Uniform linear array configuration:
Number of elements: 64
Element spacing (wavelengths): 0.5
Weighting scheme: binomial
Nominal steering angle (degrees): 30
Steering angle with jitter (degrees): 31.273
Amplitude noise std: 0.05
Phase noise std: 0.05

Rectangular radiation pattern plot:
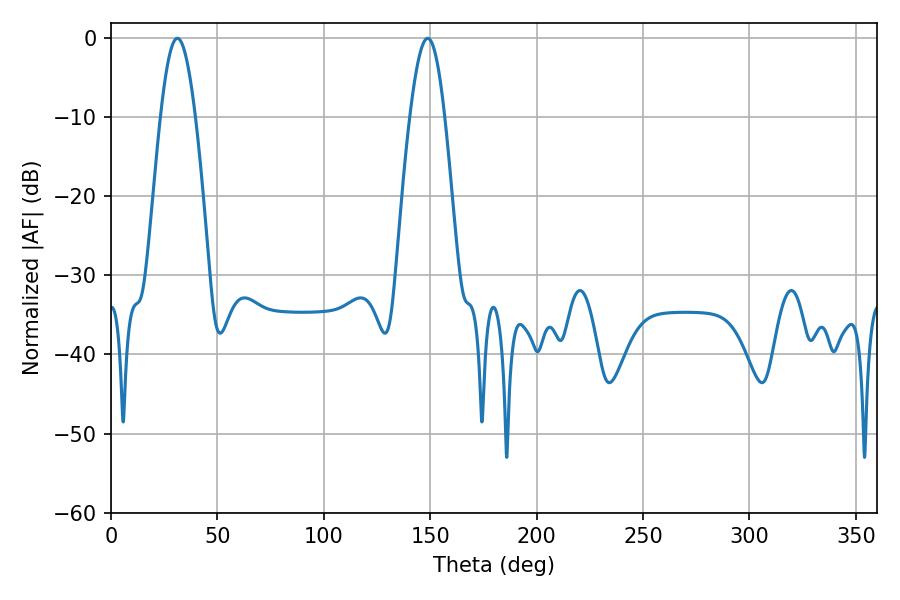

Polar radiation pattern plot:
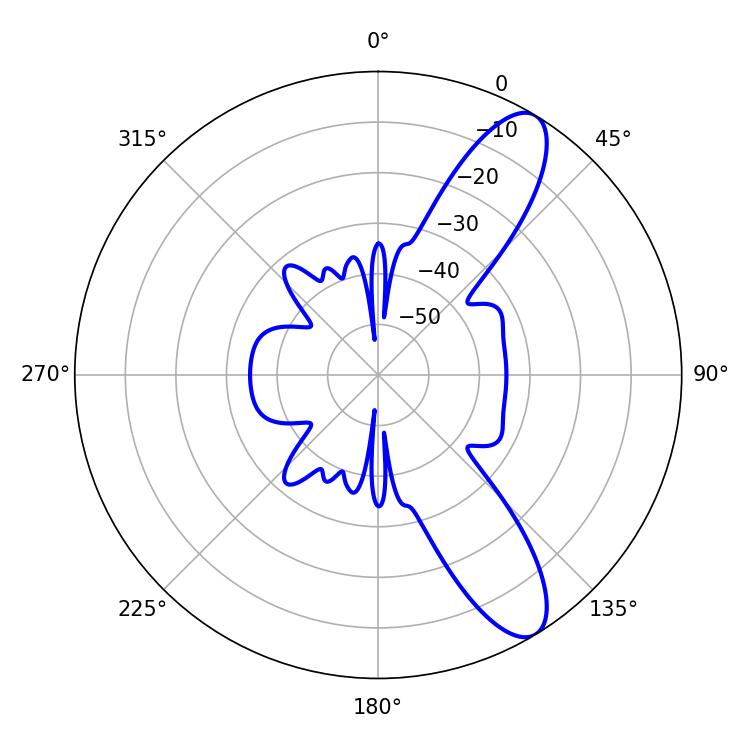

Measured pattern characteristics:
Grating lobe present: FALSE
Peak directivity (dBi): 10.602
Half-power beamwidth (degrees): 8.82
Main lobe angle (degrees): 31.14